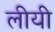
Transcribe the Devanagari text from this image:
लीयी